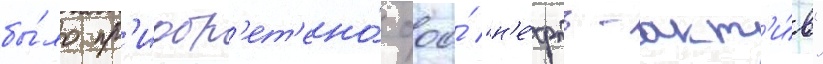
бы́ло пр'иобр'ет'ено́ ооо́ "н'е́фть-акт'и́в"